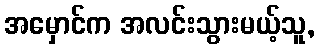
အမှောင်က အလင်းသွားမယ့်သူ,